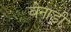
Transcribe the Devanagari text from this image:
बेनाडी